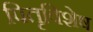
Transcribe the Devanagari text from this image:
पितृविशेष